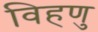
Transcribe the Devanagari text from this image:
विहणु